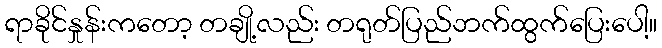
ရာခိုင်နှုန်းကတော့ တချို့လည်း တရုတ်ပြည်ဘက်ထွက်ပြေးပေါ့။